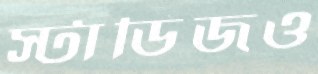
স্টাডিজও